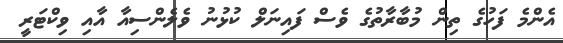
އެންމެ ފަހުގެ ތިން މުބާރާތުގެ ވެސް ފައިނަލް ކުޅުނު ވެލެންސިއާ އާއި ވިކްޓަރީ